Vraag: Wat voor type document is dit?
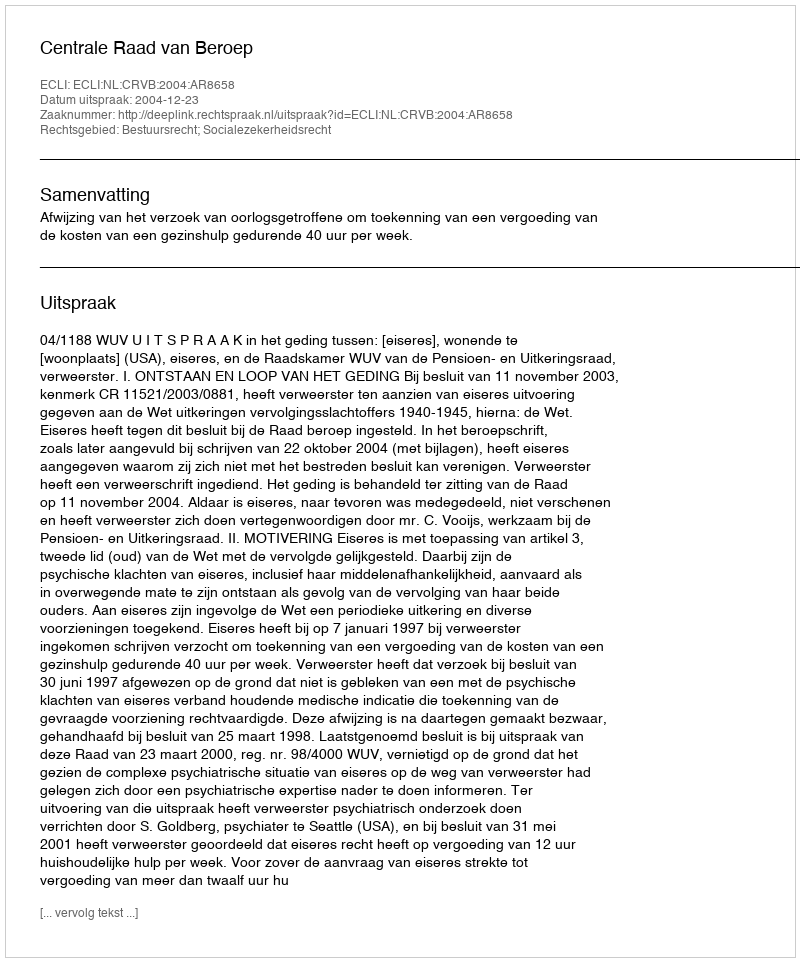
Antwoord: Uitspraak